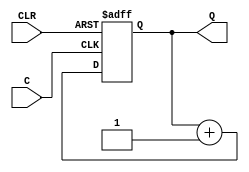
//Following is the Verilog code for a 4-bit unsigned up counter with
//asynchronous clear.
module counter (C, CLR, Q);
input C, CLR;
output [3:0] Q;
reg [3:0] tmp;
always @(posedge C or posedge CLR)
begin
if (CLR)
tmp = 4'b0000;
else
tmp = tmp + 1'b1;
end
assign Q = tmp;
endmodule